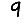
Digit: 9